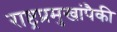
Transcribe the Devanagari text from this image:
राष्ट्रप्रमुखांपैकी